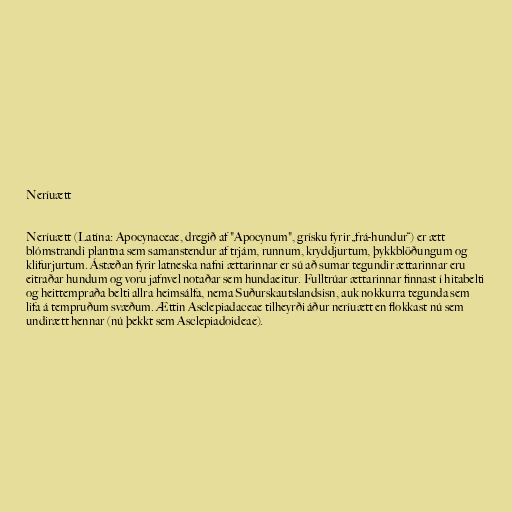
Neríuætt

Neríuætt (Latína: Apocynaceae, dregið af "Apocynum", grísku fyrir „frá-hundur“) er ætt
blómstrandi plantna sem samanstendur af trjám, runnum, kryddjurtum, þykkblöðungum og
klifurjurtum. Ástæðan fyrir latneska nafni ættarinnar er sú að sumar tegundir ættarinnar eru
eitraðar hundum og voru jafnvel notaðar sem hundaeitur. Fulltrúar ættarinnar finnast í hitabelti
og heittempraða belti allra heimsálfa, nema Suðurskautslandsisn, auk nokkurra tegunda sem
lifa á tempruðum svæðum. Ættin Asclepiadaceae tilheyrði áður neríuætt en flokkast nú sem
undirætt hennar (nú þekkt sem Asclepiadoideae).